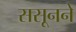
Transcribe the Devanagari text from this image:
ससूनने